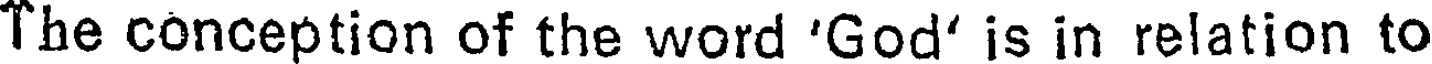
The conception of the word 'God' is in relation to